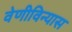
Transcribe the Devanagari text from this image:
वेणीविन्यास